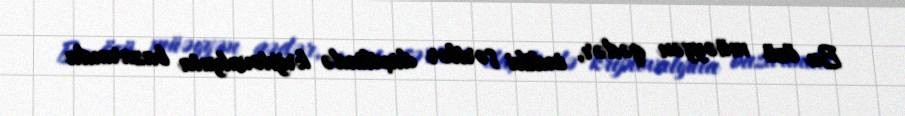
Bu özü müəyyən qədər, indiki şərtlər daxilində kriptovalyuta bazarında